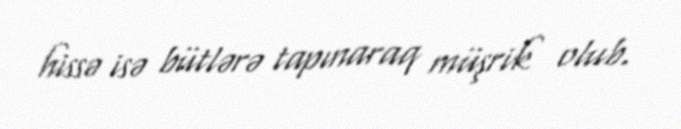
hissə isə bütlərə tapınaraq müşrik olub.